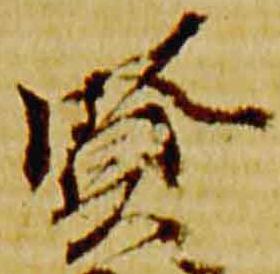
賢